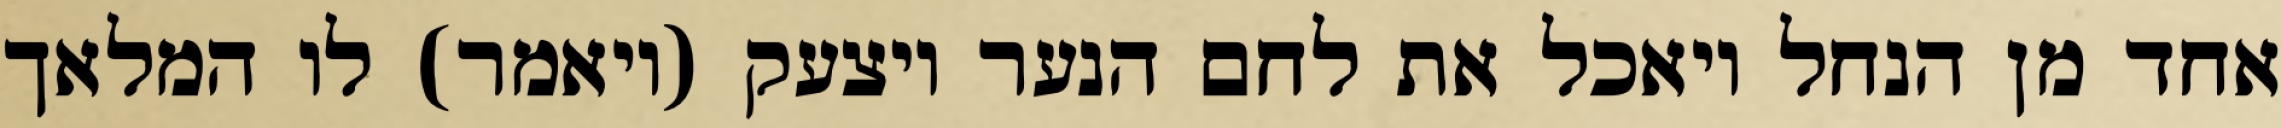
אחד מן הנחל ויאכל את לחם הנער ויצעק (ויאמר) לו המלאך